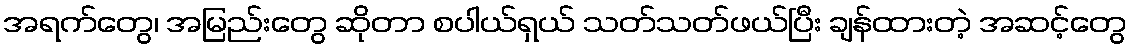
အရက်တွေ၊ အမြည်းတွေ ဆိုတာ စပါယ်ရှယ် သတ်သတ်ဖယ်ပြီး ချန်ထားတဲ့ အဆင့်တွေ